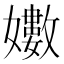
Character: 𭒫